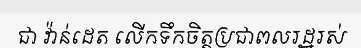
ជា វ៉ាន់ដេត លើកទឹកចិត្តប្រជាពលរដ្ឋរស់